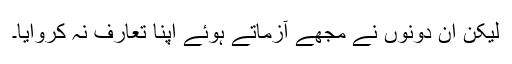
لیکن ان دونوں نے مجھے آزماتے ہوئے اپنا تعارف نہ کروایا۔